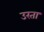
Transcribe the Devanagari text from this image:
उरता